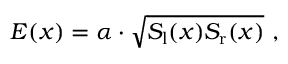
E ( x ) = \alpha \cdot \sqrt { S _ { \mathrm { l } } ( x ) S _ { \mathrm { r } } ( x ) } \ ,